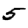
Digit: 5